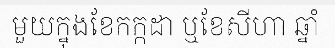
មួយក្នុងខែកក្កដា ឬខែសីហា ឆ្នាំ